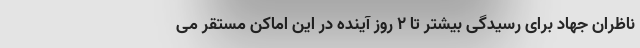
ناظران جهاد برای رسیدگی بیشتر تا ۲ روز آینده در این اماکن مستقر می